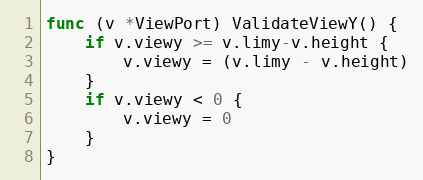
Language: Go
func (v *ViewPort) ValidateViewY() {
	if v.viewy >= v.limy-v.height {
		v.viewy = (v.limy - v.height)
	}
	if v.viewy < 0 {
		v.viewy = 0
	}
}